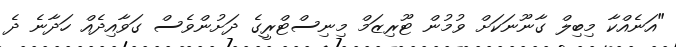
"އަނެއްކާ މިބިލް ގާނޫނަކަށް ވުމުން ޓޫރިޒަމް މިނިސްޓްރީގެ ދަށުންވެސް ގަވާއިދެއް ހަދާނެ ދެ